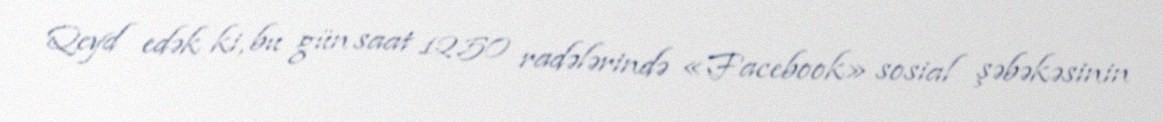
Qeyd edək ki, bu gün saat 12.50 radələrində «Facebook» sosial şəbəkəsinin